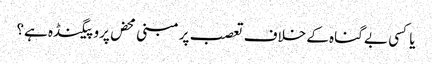
یا کسی بے گناہ کے خلاف تعصب پر مبنی محض پروپیگنڈہ ہے؟